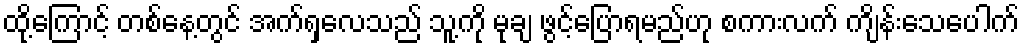
ထို့ကြောင့် တစ်နေ့တွင် အက်ရှလေသည် သူ့ကို မုချ ဖွင့်ပြောရမည်ဟု စကားလက် ကျိန်းသေပေါက်